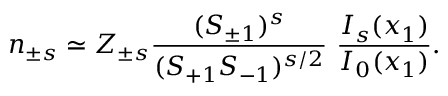
n _ { \pm s } \simeq Z _ { \pm s } { \frac { ( S _ { \pm 1 } ) ^ { s } } { { ( S _ { + 1 } } S _ { - 1 } ) ^ { s / 2 } } } ~ { \frac { I _ { s } ( x _ { 1 } ) } { I _ { 0 } ( x _ { 1 } ) } } .